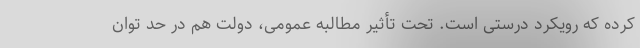
کرده که رویکرد درستی است. تحت تأثیر مطالبه عمومی، دولت هم در حد توان